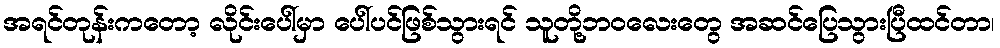
အရင်တုန်းကတော့ လိုင်းပေါ်မှာ ပေါ်ပင်ဖြစ်သွားရင် သူတို့ဘဝလေးတွေ အဆင်ပြေသွားပြီထင်တာ၊